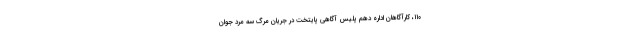
۱۱۰، کارآگاهان اداره دهم پلیس آگاهی پایتخت در جریان مرگ سه مرد جوان